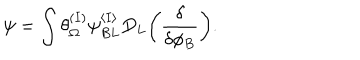
LaTeX: \psi = \int \theta _ { \Omega } ^ { ( I ) } \psi _ { B L } ^ { \langle I \rangle } D _ { L } \biggl ( { \frac { \delta } { \delta \phi _ { B } } } \biggr ) .